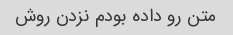
متن رو داده بودم نزدن روش